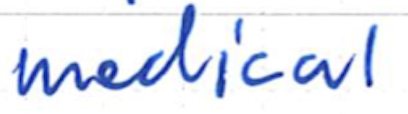
Text: medical
Cross-out: clean
Writing tool: ballpoint